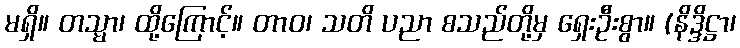
မရှိ။ တသ္မာ၊ ထို့ကြောင့်။ တာဝ၊ သတိ ပညာ စသည်တို့မှ ရှေးဦးစွာ။ (နိဒ္ဒိဋ္ဌာ၊